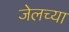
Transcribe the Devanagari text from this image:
जेलच्या